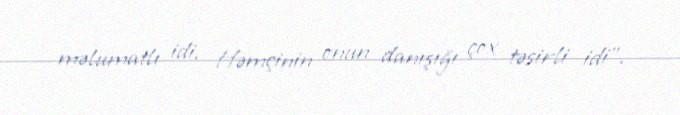
məlumatlı idi. Həmçinin onun danışığı çox təsirli idi”.